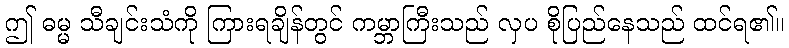
ဤ ဓမ္မ သီချင်းသံကို ကြားရချိန်တွင် ကမ္ဘာကြီးသည် လှပ စိုပြည်နေသည် ထင်ရ၏။